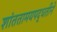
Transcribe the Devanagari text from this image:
शांततामयपद्धतीने